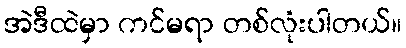
အဲဒီထဲမှာ ကင်မရာ တစ်လုံးပါတယ်။